Elephants and their diseases
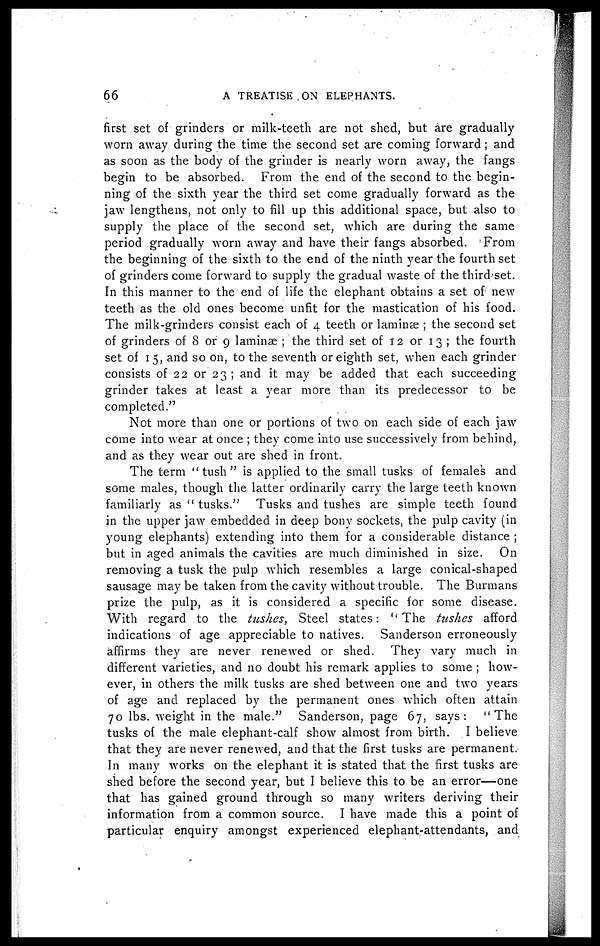
66
A TREATISE ON ELEPHANTS.
first set of grinders or milk-teeth are not shed, but are gradually
worn away during the time the second set are coming forward ; and
as soon as the body of the grinder is nearly worn away, the fangs
begin to be absorbed. From the end of the second to the begin¬
ning of the sixth year the third set come gradually forward as the
jaw lengthens, not only to fill up this additional space, but also to
supply the place of the second set, which are during the same
period gradually worn away and have their fangs absorbed. From
the beginning of the sixth to the end of the ninth year the fourth set
of grinders come forward to supply the gradual waste of the third set.
In this manner to the end of life the elephant obtains a set of new
teeth as the old ones become unfit for the mastication of his food.
The milk-grinders consist each of 4 teeth or laminae ; the second set
of grinders of 8 or 9 laminae ; the third set of 12 or 13; the fourth
set of 15, and so on, to the seventh or eighth set, when each grinder
consists of 22 or 23 ; and it may be added that each succeeding
grinder takes at least a year more than its predecessor to be
completed."
Not more than one or portions of two on each side of each jaw
come into wear at once ; they come into use successively from behind,
and as they wear out are shed in front.
The term "tush" is applied to the small tusks of females and
some males, though the latter ordinarily carry the large teeth known
familiarly as " tusks." Tusks and tushes are simple teeth found
in the upper jaw embedded in deep bonv sockets, the pulp cavity (in
young elephants) extending into them for a considerable distance ;
but in aged animals the cavities are much diminished in size. On
removing a tusk the pulp which resembles a large conical-shaped
sausage may be taken from the cavity without trouble. The Burmans
prize the pulp, as it is considered a specific for some disease.
With regard to the tushes, Steel states: ''The tushes afford
indications of age appreciable to natives. Sanderson erroneously
affirms they are never renewed or shed. They vary much in
different varieties, and no doubt his remark applies to some ; how¬
ever, in others the milk tusks are shed between one and two years
of age and replaced by the permanent ones which often attain
70 lbs. weight in the male." Sanderson, page 67, says:
"The
tusks of the male elephant-calf show almost from birth. I believe
that they are never renewed, and that the first tusks are permanent.
In many works on the elephant it is stated that the first tusks are
shed before the second year, but I believe this to be an error—one
that has gained ground through so many writers deriving their
information from a common source. I have made this a point of
particular enquiry amongst experienced elephant-attendants, and